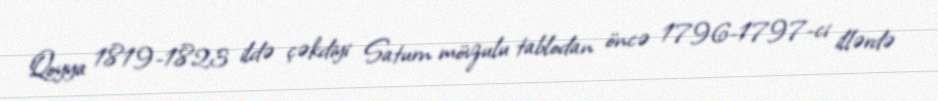
Qoyya 1819-1823 ildə çəkdiyi Saturn mövzulu tablodan öncə 1796-1797-ci illərdə